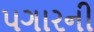
પગારની